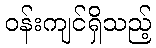
ဝန်းကျင်ရှိသည့်